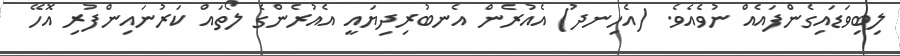
ލިބިވަޑައިގެންފައެއް ނުވެއެވެ. (އެހިނދު) އެއުރެން އެނބުރިދިޔައީ އެއުރެންގެ ލޯތައް ކަރުނައިންފުރި އޮހޭ